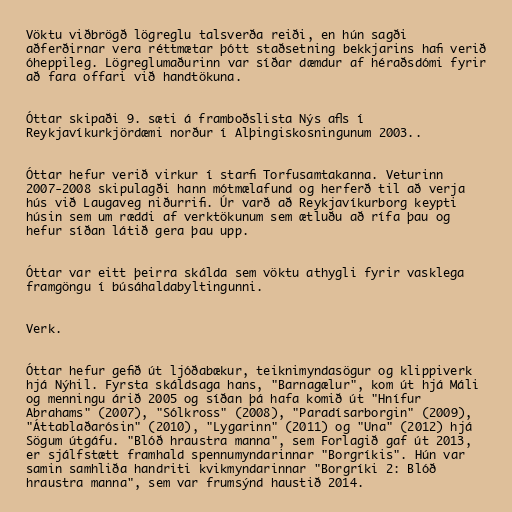
Vöktu viðbrögð lögreglu talsverða reiði, en hún sagði
aðferðirnar vera réttmætar þótt staðsetning bekkjarins hafi verið
óheppileg. Lögreglumaðurinn var síðar dæmdur af héraðsdómi fyrir
að fara offari við handtökuna.

Óttar skipaði 9. sæti á framboðslista Nýs afls í
Reykjavíkurkjördæmi norður í Alþingiskosningunum 2003..

Óttar hefur verið virkur í starfi Torfusamtakanna. Veturinn
2007-2008 skipulagði hann mótmælafund og herferð til að verja
hús við Laugaveg niðurrifi. Úr varð að Reykjavíkurborg keypti
húsin sem um ræddi af verktökunum sem ætluðu að rífa þau og
hefur síðan látið gera þau upp.

Óttar var eitt þeirra skálda sem vöktu athygli fyrir vasklega
framgöngu í búsáhaldabyltingunni.

Verk.

Óttar hefur gefið út ljóðabækur, teiknimyndasögur og klippiverk
hjá Nýhil. Fyrsta skáldsaga hans, "Barnagælur", kom út hjá Máli
og menningu árið 2005 og síðan þá hafa komið út "Hnífur
Abrahams" (2007), "Sólkross" (2008), "Paradísarborgin" (2009),
"Áttablaðarósin" (2010), "Lygarinn" (2011) og "Una" (2012) hjá
Sögum útgáfu. "Blóð hraustra manna", sem Forlagið gaf út 2013,
er sjálfstætt framhald spennumyndarinnar "Borgríkis". Hún var
samin samhliða handriti kvikmyndarinnar "Borgríki 2: Blóð
hraustra manna", sem var frumsýnd haustið 2014.